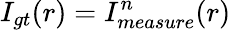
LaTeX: I_{gt}(r)=I_{measure}^{n}(r)